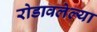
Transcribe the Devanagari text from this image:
रोडावलेल्या